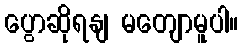
ပွောဆိုရနျ မတျောမူပါ။